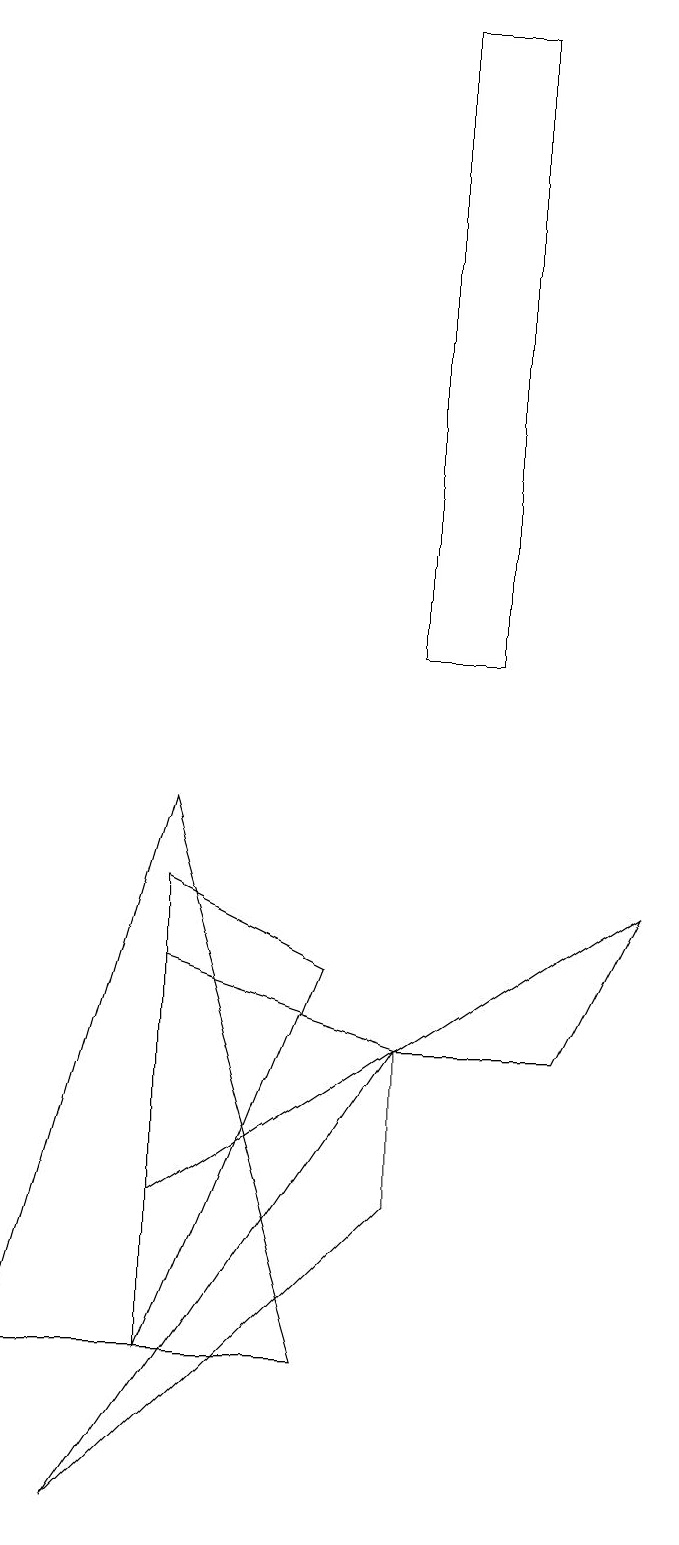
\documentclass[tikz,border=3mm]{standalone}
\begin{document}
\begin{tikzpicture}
\draw (5,6) -- (2,7) -- (2,4) -- cycle;
\draw (6,19) rectangle (5,11);
\draw (5,4) -- (5,6) -- (1,0) -- cycle;
\draw (5,6) -- (8,8) -- (7,6) -- cycle;
\draw (4,7) -- (2,8) -- (2,2) -- cycle;
\draw (0,2) -- (2,9) -- (4,2) -- cycle;
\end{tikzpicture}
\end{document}